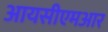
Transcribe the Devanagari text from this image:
आयसीएमआर